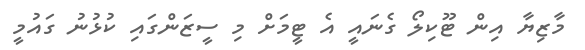
މާޒިޔާ އިން ޓޫކިލޯ ގެނައީ އެ ޓީމަށް މި ސީޒަންގައި ކުޅުނު ގައުމީ